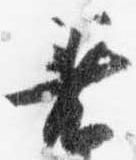
着